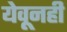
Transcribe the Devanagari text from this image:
येवूनही